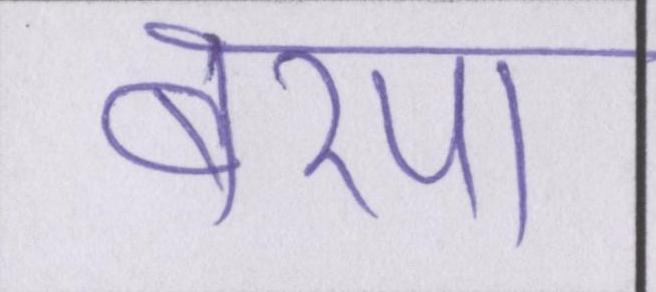
बरपा